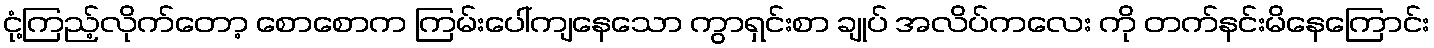
ငုံ့ကြည့်လိုက်တော့ စောစောက ကြမ်းပေါ်ကျနေသော ကွာရှင်းစာ ချုပ် အလိပ်ကလေး ကို တက်နင်းမိနေကြောင်း